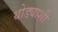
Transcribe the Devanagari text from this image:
थोड्याशी